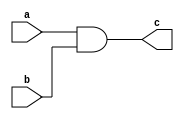
// AND gate with 2 inputs and 1 output

module and_2 (
	input a,
	input b,
	output c
);

// c = a & b

and a1 (c, a, b); // in-built-module-name module-instance-name (out, in1, in2); 

endmodule